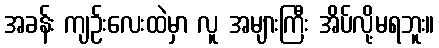
အခန်း ကျဉ်းလေးထဲမှာ လူ အများကြီး အိပ်လို့မရဘူး။